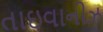
તાઇવાનીઝ